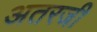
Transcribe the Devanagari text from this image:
अतरजी